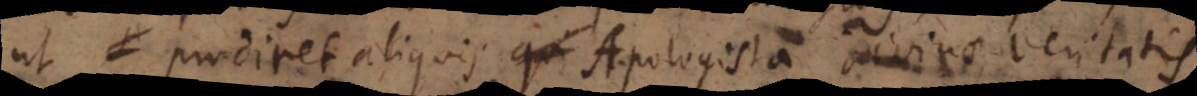
ut prodiret aliquis Apologista divinae veritatis,